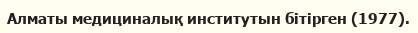
Алматы медициналық институтын бітірген (1977).